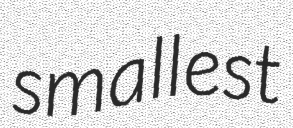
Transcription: smallest